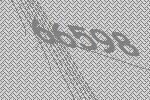
66598